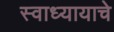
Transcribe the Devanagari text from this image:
स्वाध्यायाचे